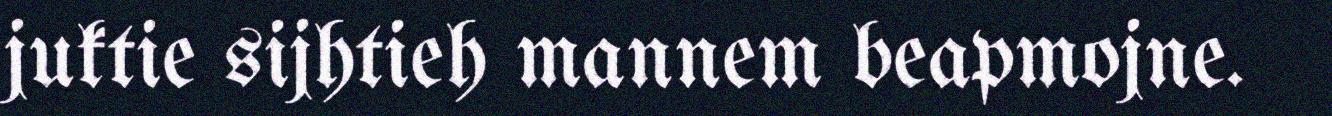
juktie sijhtieh mannem beapmojne.